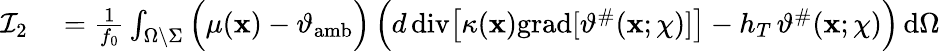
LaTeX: \begin{array}{rl}{\mathcal{I}_{2}}&{{}=\frac{1}{f_{0}}\int_{\Omega\setminus\Sigma}\Big(\mu(\mathbf{x})-\vartheta_{\mathrm{amb}}\Big)\, \Big(d\, \mathrm{div}\big[\kappa(\mathbf{x})\mathrm{grad}[\vartheta^{\# }(\mathbf{x};\chi)]\big]-h_{T}\, \vartheta^{\# }(\mathbf{x};\chi)\Big)\, \mathrm{d}\Omega}\end{array}